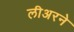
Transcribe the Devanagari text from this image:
लीअरने